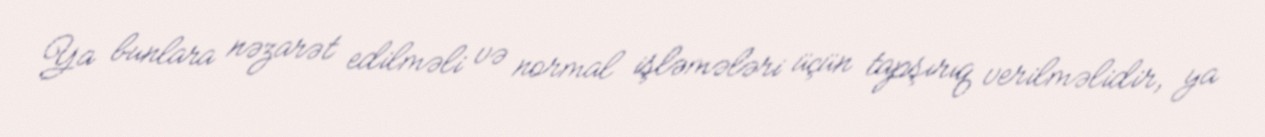
Ya bunlara nəzarət edilməli və normal işləmələri üçün tapşırıq verilməlidir, ya